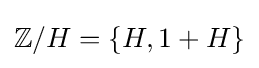
\mathbb {Z} /H=\{H,1+H\}